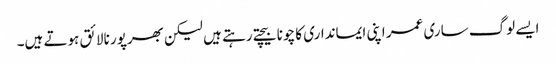
ایسے لوگ ساری عمر اپنی ایمانداری کا چونا بیچتے رہتے ہیں لیکن بھرپور نالائق ہوتے ہیں۔